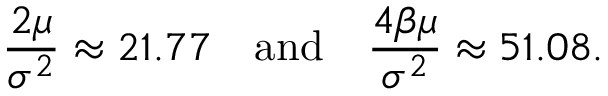
\frac { 2 \mu } { \sigma ^ { 2 } } \approx 2 1 . 7 7 \quad \mathrm { a n d } \quad \frac { 4 \beta \mu } { \sigma ^ { 2 } } \approx 5 1 . 0 8 .